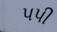
પપી